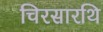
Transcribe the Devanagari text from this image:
चिरसारथि